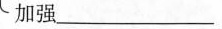
加强___